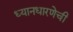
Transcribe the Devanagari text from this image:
ध्यानधारणेची